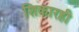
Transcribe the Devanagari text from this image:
शिकारही